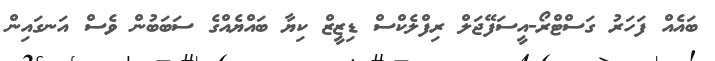
ބައެއް ފަަހަރު ގަސްޓްރޯ-އީސަފޭޖަލް ރިފްލެކްސް ޑިޒީޒް ކިޔާ ބައްޔެއްގެ ސަަބަބުން ވެސް އަނގައިން